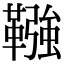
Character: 𩌾